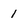
Character: 1